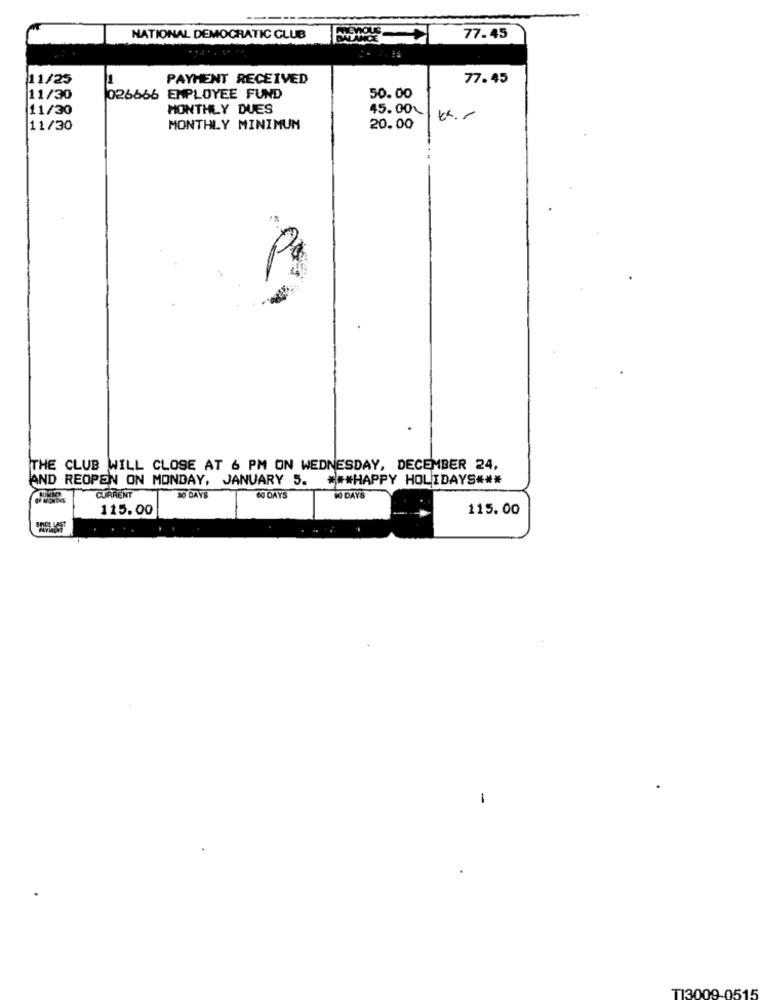
NATIONAL DEMOCRATIC CLUB
77.45
11/25
PAYMENT RECEIVED
77.45
11/30
026666 EMPLOYEE FUND
50.00
11/30
MONTHLY DUES
45.00℃.
11/30
MONTHLY MINIMUM
20.00
THE CLUB WILL CLOSE AT & PM ON WEDNESDAY, DECEMBER 24,
AND REOPEN ON MONDAY, JANUARY 5. *** HAPPY HOLIDAYS ***
CURRENT
30 DAYS
60 DAYS
90 DAYS
115.00
115.00
1
TI3009-0515